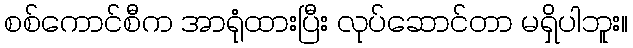
စစ်ကောင်စီက အာရုံထားပြီး လုပ်ဆောင်တာ မရှိပါဘူး။